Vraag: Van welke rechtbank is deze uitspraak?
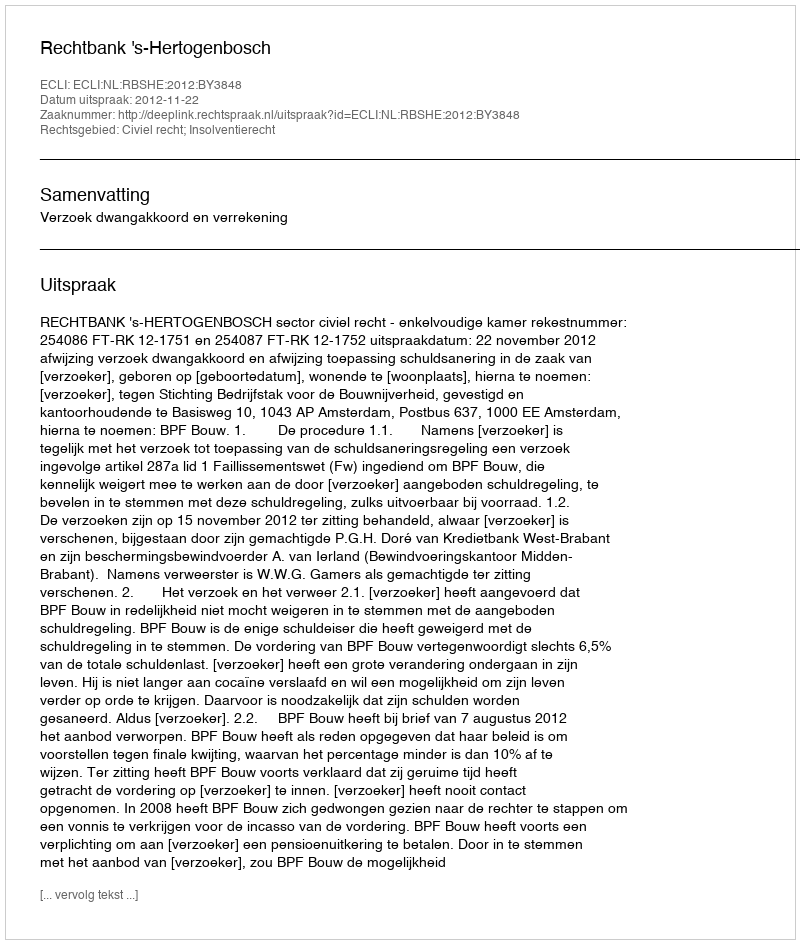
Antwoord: Rechtbank 's-Hertogenbosch